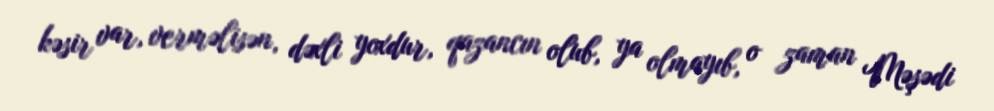
kəsir var, verməlisən, dəxli yoxdur, qazancın olub, ya olmayıb, o zaman Məşədi